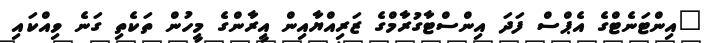
"އިންޓަނެޓްގެ އެޕްސް ފަދަ އިންސްޓާގުރާމްގެ ޒަރިއްޔާއިން އީރާންގެ މީހުން ތަކެތި ގަނެ ވިއްކައި